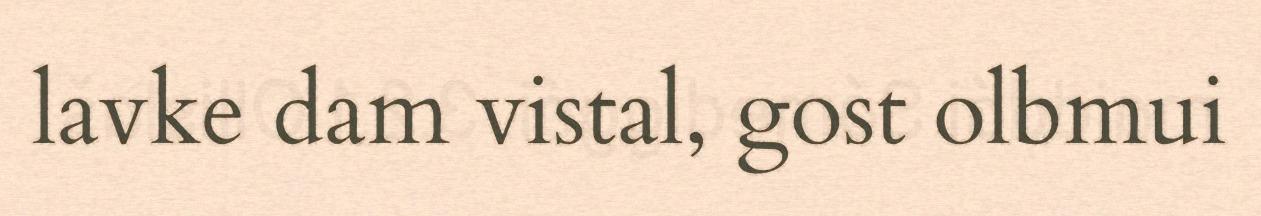
lavke dam vistal, gost olbmui